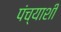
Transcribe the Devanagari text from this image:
पंच्याशी